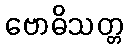
ဗောဓိသတ္တ